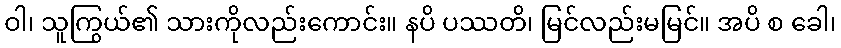
ဝါ၊ သူကြွယ်၏ သားကိုလည်းကောင်း။ နပိ ပဿတိ၊ မြင်လည်းမမြင်။ အပိ စ ခေါ၊